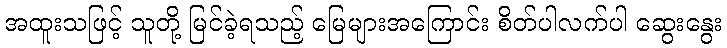
အထူးသဖြင့် သူတို့ မြင်ခဲ့ရသည့် မြေများအကြောင်း စိတ်ပါလက်ပါ ဆွေးနွေး